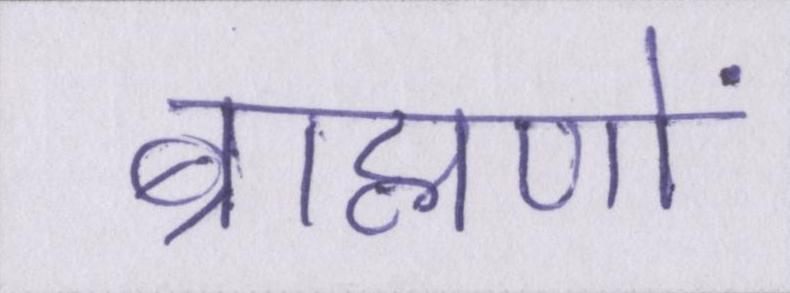
ब्राह्मणों